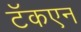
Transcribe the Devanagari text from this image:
टॅकएन